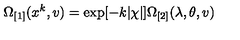
\Omega _ { \lbrack 1 ] } ( x ^ { k } , v ) = \exp [ - k | \chi | ] \Omega _ { \lbrack 2 ] } ( \lambda , \theta , v )